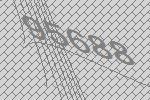
95688